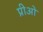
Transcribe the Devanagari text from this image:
प्रीओ